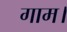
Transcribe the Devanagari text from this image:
गाम।